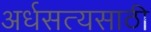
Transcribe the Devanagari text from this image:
अर्धसत्यसाठी